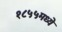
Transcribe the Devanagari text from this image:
१८५५मध्ये